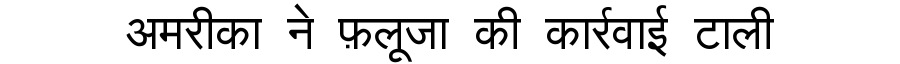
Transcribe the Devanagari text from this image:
अमरीका ने फ़लूजा की कार्रवाई टाली